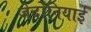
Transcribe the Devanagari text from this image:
जेर्दोनियाई